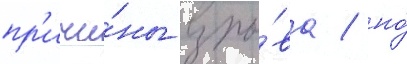
пр'ичи́ны взры́ва / но́